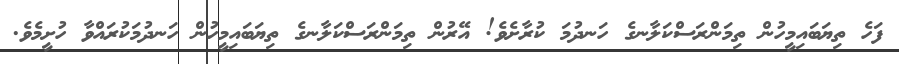
ފަހެ ތިޔަބައިމީހުން ތިމަންރަސްކަލާނގެ ހަނދުމަ ކުރާށެވެ! އޭރުން ތިމަންރަސްކަލާނގެ ތިޔަބައިމީހުން ހަނދުމަކުރައްވާ ހުށީމެވެ.